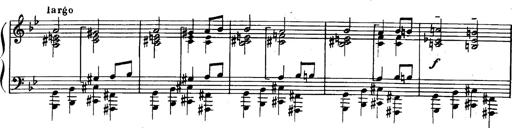
Title: Trauervorspiel und Trauermarsch
Composer: Franz Liszt